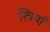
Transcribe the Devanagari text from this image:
स्त्रियॉँ